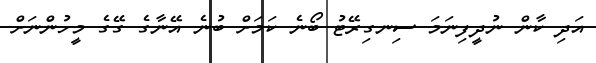
އަދި ކާން ނުދީފިނަަމަ ސިނގިރޭޓު ބޯނެ ކަމަށް ބުނެ އޭނާގެ ގޭގެ މީހުންނަށް